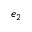
e _ { 2 }